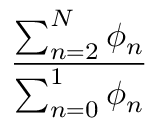
\frac { \sum _ { n = 2 } ^ { N } \phi _ { n } } { \sum _ { n = 0 } ^ { 1 } \phi _ { n } }